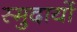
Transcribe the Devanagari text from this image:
स्मुदायों